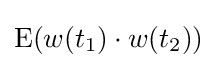
\mathrm {E} (w(t_{1})\cdot w(t_{2}))